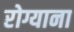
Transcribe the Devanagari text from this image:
रोग्याना